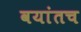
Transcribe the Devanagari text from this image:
वयांतच